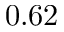
0 . 6 2